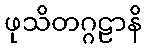
ဖုသိတဂ္ဂဠာနိ